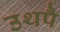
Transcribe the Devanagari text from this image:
उथपै